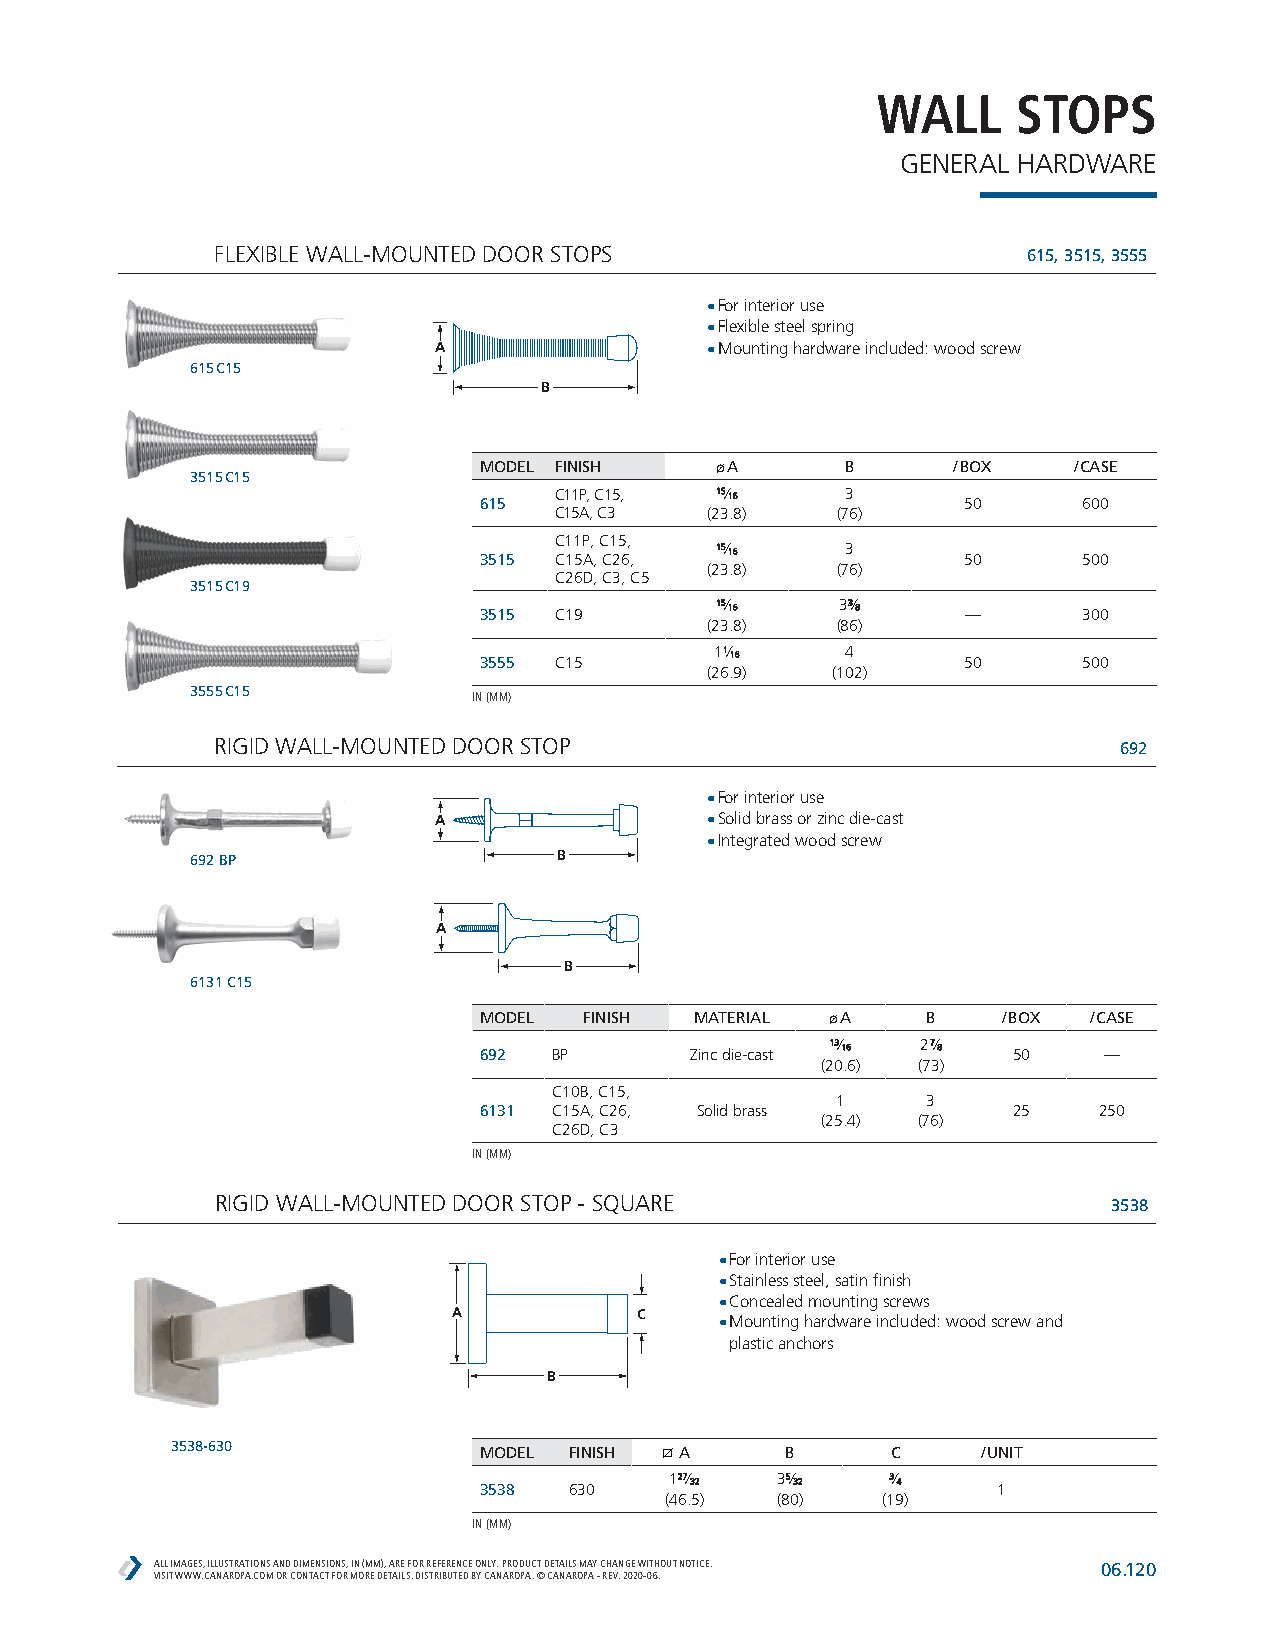
WALL     STOPS
 GENERAL HARDWARE
 FLEXIBLE WALL-MOUNTED DOOR STOPS                      615, 3515, 3555
 • For interior use
 • Flexible steel spring
 A                 • Mounting hardware included: wood screw
 615 C15
 B
 MODEL FINISH   ø A      B      / BOX   / CASE
 3515 C15
 615
 C11P, C15, 1155⁄1166 3
 50      600
 C15A, C3  (23.8)  (76)
 C11P, C15,
 3515 C15A, C26,
 1155⁄1166 3
 50      500
 (23.8)  (76)
 C26D, C3, C5
 3515 C19
 3515 C19
 1155⁄1166 333⁄88
 —       300
 (23.8)  (86)
 3555 C15
 111⁄1166 4
 50      500
 (26.9)  (102)
 3555 C15
 IN (MM)
 RIGID WALL-MOUNTED DOOR STOP                                692
 • For interior use
 A                 • Solid brass or zinc die-cast
 • Integrated wood screw
 692 BP                  B
 A
 B
 6131 C15
 MODEL  FINISH MATERIAL ø A   B    / BOX / CASE
 692  BP       Zinc die-cast
 1133⁄1166 2 77⁄88
 50    —
 (20.6) (73)
 C10B, C15,
 1     3
 6131 C15A, C26, Solid brass        25    250
 (25.4) (76)
 C26D, C3
 IN (MM)
 RIGID WALL-MOUNTED DOOR STOP - SQUARE                       3538
 • For interior use
 • Stainless steel, satin finish
 • Concealed mounting screws
 A           C     • Mounting hardware included: wood screw and
 plastic anchors
 B
 3538-630             MODEL FINISH A      B      C     / UNIT
 3538  630
 12277⁄3322 355⁄3322 33⁄44
 1
 (46.5) (80)   (19)
 IN (MM)
 ALL IMAGES, ILLUSTRATIONS AND DIMENSIONS, IN (MM), ARE FOR REFERENCE ONLY. PRODUCT DETAILS MAY CHANGE WITHOUT NOTICE. 06.120
 VISIT WWW.CANAROPA.COM OR CONTACT FOR MORE DETAILS. DISTRIBUTED BY CANAROPA. © CANAROPA - REV. 2020-06.